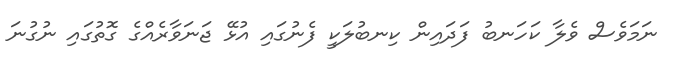
ނަމަވެސް ވެލާ ކަހަނބު ފަދައިން ކިނބުލަކީ ފެނުގައި އުޅޭ ޖަނަވާރެއްގެ ގޮތުގައި ނުގުނަ